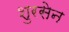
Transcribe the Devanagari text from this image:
शुरसेन